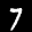
Label: 7